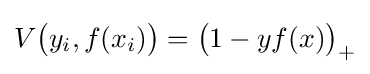
V{\big (}y_{i},f(x_{i}){\big )}={\big (}1-yf(x){\big )}_{+}